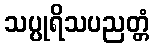
သပ္ပုရိသပညတ္တံ